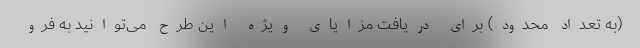
(به تعداد محدود) برای دریافت مزایای ویژه این طرح می‌توانید به فرو